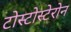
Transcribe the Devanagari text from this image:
टोस्टोस्टेरोन